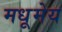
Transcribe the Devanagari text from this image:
मधूमेय